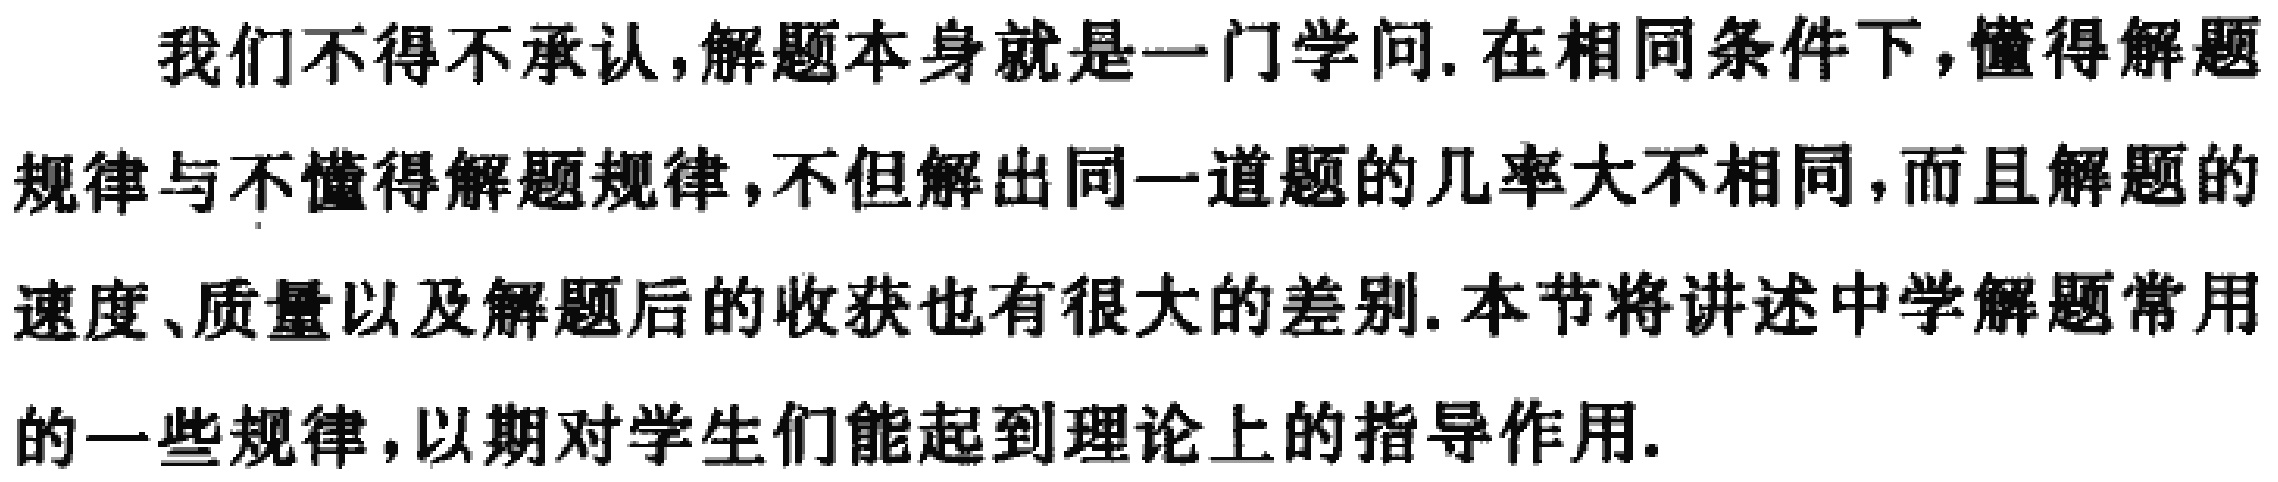
我们不得不承认,解题本身就是一门学问. 在相同条件下,懂得解题
规律与不懂得解题规律,不但解出同一道题的几率大不相同,而且解题的
速度、质量以及解题后的收获也有很大的差别. 本节将讲述中学解题常用
的一些规律,以期对学生们能起到理论上的指导作用.